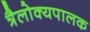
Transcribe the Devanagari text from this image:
त्रैलोक्यपालक